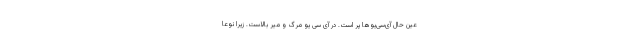
عین حال آی‌سی‌یوها پر است. در آی سی یو مرگ و میر بالاست. زیرا نوعا